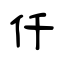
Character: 仟